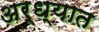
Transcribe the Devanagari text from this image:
अर्ध्यात